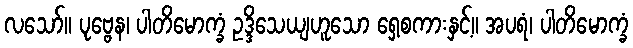
လသော်။ ပုဗ္ဗေန၊ ပါတိမောက္ခံ ဥဒ္ဒိသေယျဟူသော ရှေ့စကားနှင့်။ အပရံ၊ ပါတိမောက္ခံ